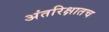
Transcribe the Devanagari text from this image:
अंतरिक्षातच